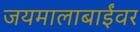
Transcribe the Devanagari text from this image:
जयमालाबाईंवर